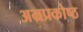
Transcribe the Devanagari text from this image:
अभ्रप्रकोष्ठ